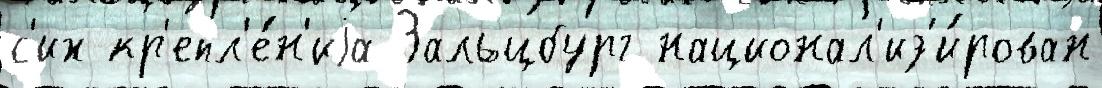
с'их кр'епл'е́н'иjа Зальцбург национал'из'и́рован